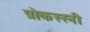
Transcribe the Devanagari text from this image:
प्रोकस्स्नी